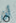
أن